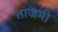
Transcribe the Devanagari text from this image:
ताजमी